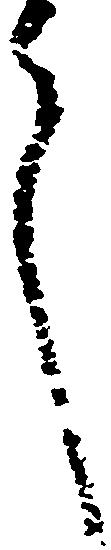
言